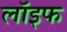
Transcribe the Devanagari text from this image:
लॉइफ